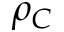
\rho _ { C }